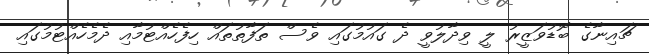
ޗައިނާގެ ބޮޑުވަޒީރު ލީ ވިދާލުވީ ދެ ގައުމުގައި ވެސް ތަފާތުތައް ހިފެހެއްޓުމާއި ދެމެހެއްޓުމުގައި